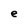
Character: e